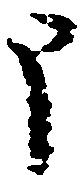
申